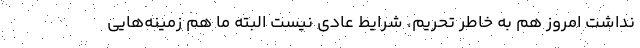
نداشت امروز هم به خاطر تحریم، شرایط عادی نیست البته ما هم زمینه‌هایی